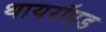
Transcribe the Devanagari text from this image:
थायरॉएड